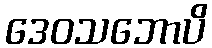
ဒေဝသဘောပိ